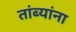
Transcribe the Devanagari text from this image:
तांब्यांना